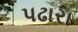
પઢારા